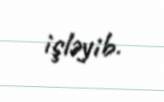
işləyib.